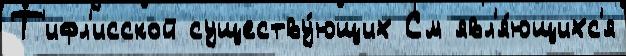
Т'ифл'исской существу́ющих См явл'я́ющихс'я